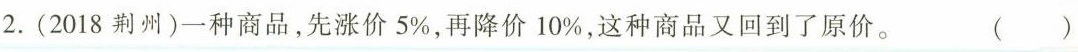
2.(2018荆州)一种商品，先涨价5%，再降价10%，这种商品又回到了原价。 ( )